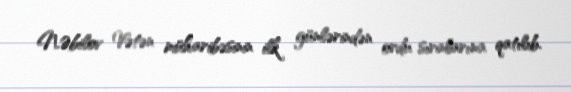
N.Əbilov Vətən müharibəsinin ilk günlərindən ordu sıralarına qatılıb.